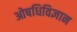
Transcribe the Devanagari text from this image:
ओषधिविज्ञान